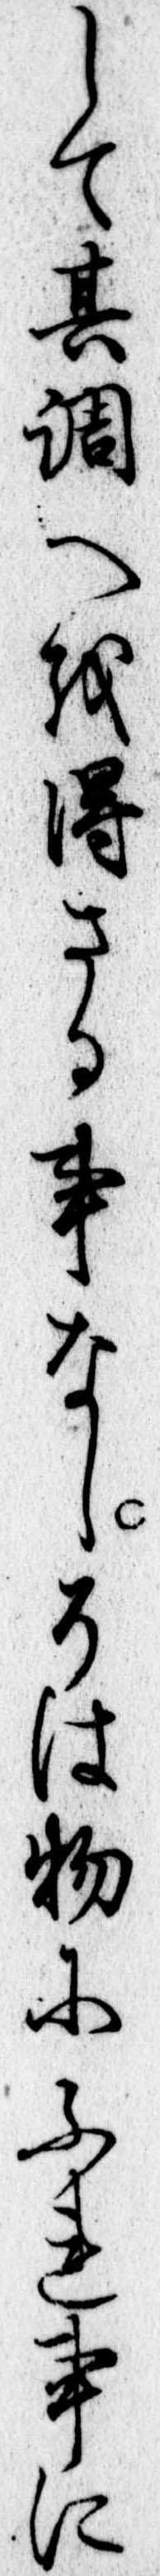
して其調へを得さる事なしそは物にふれ事に